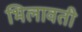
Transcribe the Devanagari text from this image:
भिलावती